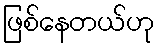
ဖြစ်နေတယ်ဟု